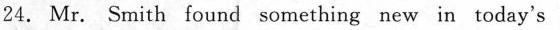
24. Mr. Smith found something new in today's